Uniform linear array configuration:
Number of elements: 16
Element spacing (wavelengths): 0.25
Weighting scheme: binomial
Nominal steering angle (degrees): -15
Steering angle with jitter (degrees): -16.343
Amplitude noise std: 0.05
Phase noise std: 0.05

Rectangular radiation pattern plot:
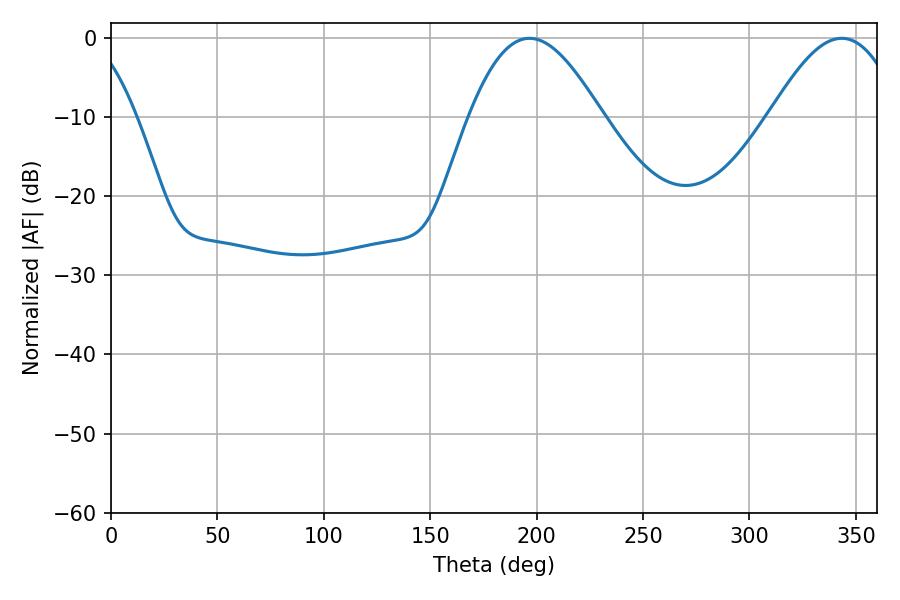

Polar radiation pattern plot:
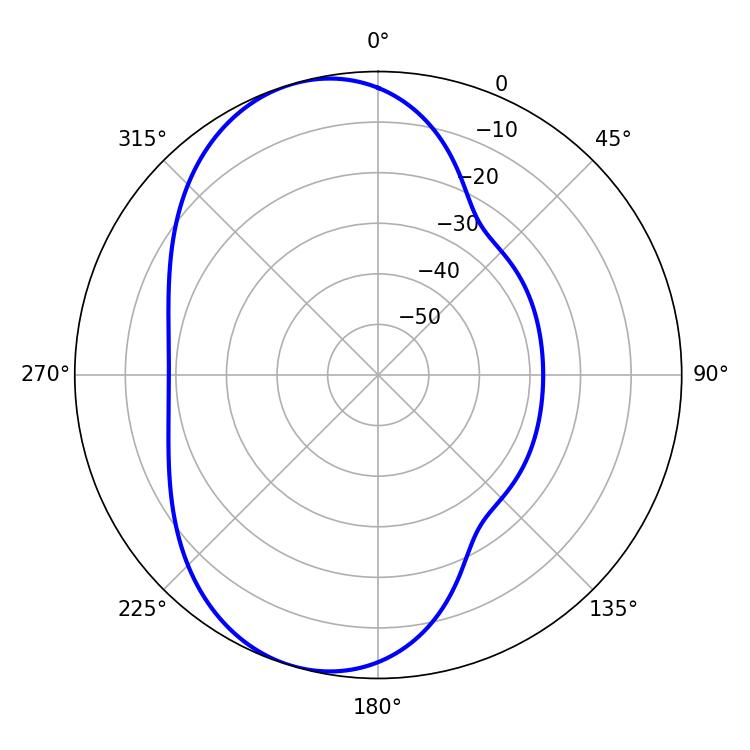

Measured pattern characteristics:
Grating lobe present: FALSE
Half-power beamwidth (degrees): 33.66
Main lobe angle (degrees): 196.56